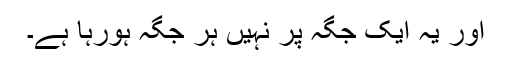
اور یہ ایک جگہ پر نہیں ہر جگہ ہورہا ہے۔